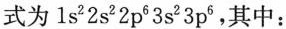
式为1s^{2}2s^{2}2p^{6}3s^{2}3p^{6}，其中：